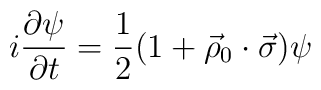
i{\partial \psi\over \partial t} = {1\over 2} (1+\vec \rho_0\cdot\vec\sigma)\psi